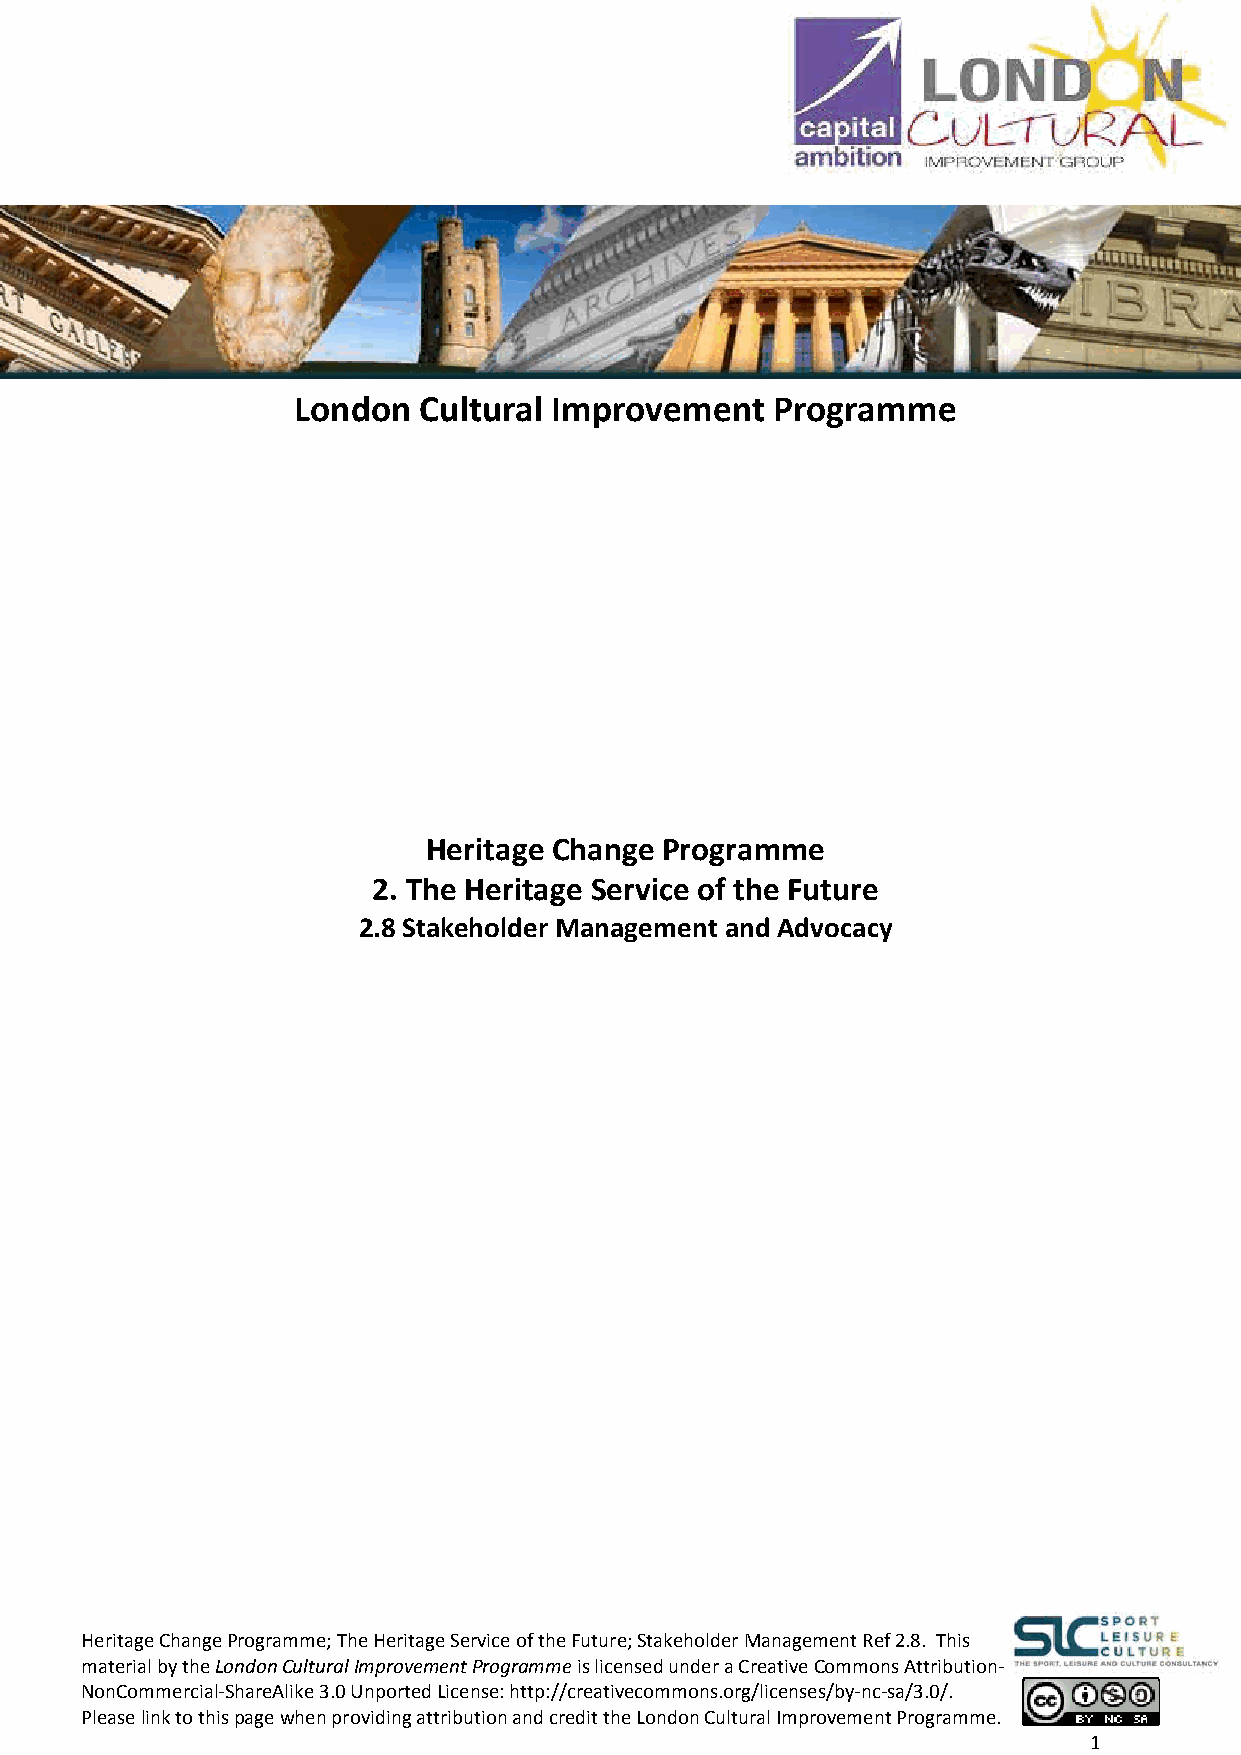
London   Cultural Improvement   Programme
 Heritage Change Programme
 2. The Heritage Service of the Future
 2.8 Stakeholder Management and Advocacy
 Heritage Change Programme; The Heritage Service of the Future; Stakeholder Management Ref 2.8. This
 material by the London Cultural Improvement Programme is licensed under a Creative Commons Attribution‐
 NonCommercial‐ShareAlike 3.0 Unported License: http://creativecommons.org/licenses/by‐nc‐sa/3.0/.
 Please link to this page when providing attribution and credit the London Cultural Improvement Programme.
 1